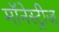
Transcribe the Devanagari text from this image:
मॉनेस्ट्रीज़